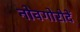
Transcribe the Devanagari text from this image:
नोवगोरोदें